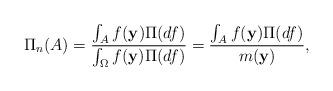
LaTeX: \begin{align*} \Pi_{n}(A)=\frac{\int_{A} f(\mathbf{y})\Pi(df)}{\int_{\Omega} f(\mathbf{y})\Pi(df)}= \frac{\int_{A} f(\mathbf{y})\Pi(df)}{m(\mathbf{y})}, \end{align*}